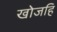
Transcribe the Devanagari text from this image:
खोजहि